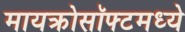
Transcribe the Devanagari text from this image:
मायक्रोसॉफ्टमध्ये